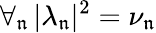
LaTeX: \forall_{\mathfrak{n}}\, |\lambda_{\mathfrak{n}}|^{2}=\nu_{\mathfrak{n}}